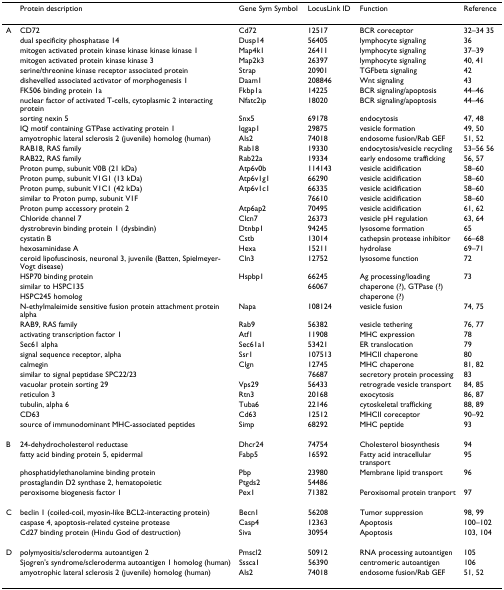
<table><thead><tr><td></td><td><b>Protein description</b></td><td><b>Gene Sym Symbol</b></td><td><b>LocusLink ID</b></td><td><b>Function</b></td><td><b>Reference</b></td></tr></thead><tbody><tr><td>A</td><td>CD72</td><td>Cd72</td><td>12517</td><td>BCR coreceptor</td><td>32–34 35</td></tr><tr><td></td><td>dual specificity phosphatase 14</td><td>Dusp14</td><td>56405</td><td>lymphocyte signaling</td><td>36</td></tr><tr><td></td><td>mitogen activated protein kinase kinase kinase kinase 1</td><td>Map4k1</td><td>26411</td><td>lymphocyte signaling</td><td>37–39</td></tr><tr><td></td><td>mitogen activated protein kinase kinase 3</td><td>Map2k3</td><td>26397</td><td>lymphocyte signaling</td><td>40, 41</td></tr><tr><td></td><td>serine/threonine kinase receptor associated protein</td><td>Strap</td><td>20901</td><td>TGFbeta signaling</td><td>42</td></tr><tr><td></td><td>dishevelled associated activator of morphogenesis 1</td><td>Daam1</td><td>208846</td><td>Wnt signaling</td><td>43</td></tr><tr><td></td><td>FK506 binding protein 1a</td><td>Fkbp1a</td><td>14225</td><td>BCR signaling/apoptosis</td><td>44–46</td></tr><tr><td></td><td>nuclear factor of activated T-cells, cytoplasmic 2 interacting protein</td><td>Nfatc2ip</td><td>18020</td><td>BCR signaling/apoptosis</td><td>44–46</td></tr><tr><td></td><td>sorting nexin 5</td><td>Snx5</td><td>69178</td><td>endocytosis</td><td>47, 48</td></tr><tr><td></td><td>IQ motif containing GTPase activating protein 1</td><td>Iqgap1</td><td>29875</td><td>vesicle formation</td><td>49, 50</td></tr><tr><td></td><td>amyotrophic lateral sclerosis 2 (juvenile) homolog (human)</td><td>Als2</td><td>74018</td><td>endosome fusion/Rab GEF</td><td>51, 52</td></tr><tr><td></td><td>RAB18, RAS family</td><td>Rab18</td><td>19330</td><td>endocytosis/vesicle recycling</td><td>53–56 56</td></tr><tr><td></td><td>RAB22, RAS family</td><td>Rab22a</td><td>19334</td><td>early endosome trafficking</td><td>56, 57</td></tr><tr><td></td><td>Proton pump, subunit V0B (21 kDa)</td><td>Atp6v0b</td><td>114143</td><td>vesicle acidification</td><td>58–60</td></tr><tr><td></td><td>Proton pump, subunit V1G1 (13 kDa)</td><td>Atp6v1g1</td><td>66290</td><td>vesicle acidification</td><td>58–60</td></tr><tr><td></td><td>Proton pump, subunit V1C1 (42 kDa)</td><td>Atp6v1c1</td><td>66335</td><td>vesicle acidification</td><td>58–60</td></tr><tr><td></td><td>similar to Proton pump, subunit V1F</td><td></td><td>76610</td><td>vesicle acidification</td><td>58–60</td></tr><tr><td></td><td>Proton pump accessory protein 2</td><td>Atp6ap2</td><td>70495</td><td>vesicle acidification</td><td>61, 62</td></tr><tr><td></td><td>Chloride channel 7</td><td>Clcn7</td><td>26373</td><td>vesicle pH regulation</td><td>63, 64</td></tr><tr><td></td><td>dystrobrevin binding protein 1 (dysbindin)</td><td>Dtnbp1</td><td>94245</td><td>lysosome formation</td><td>65</td></tr><tr><td></td><td>cystatin B</td><td>Cstb</td><td>13014</td><td>cathepsin protease inhibitor</td><td>66–68</td></tr><tr><td></td><td>hexosaminidase A</td><td>Hexa</td><td>15211</td><td>hydrolase</td><td>69–71</td></tr><tr><td></td><td>ceroid lipofuscinosis, neuronal 3, juvenile (Batten, Spielmeyer-Vogt disease)</td><td>Cln3</td><td>12752</td><td>lysosome function</td><td>72</td></tr><tr><td></td><td>HSP70 binding protein</td><td>Hspbp1</td><td>66245</td><td>Ag processing/loading</td><td>73</td></tr><tr><td></td><td>similar to HSPC135</td><td></td><td>66067</td><td>chaperone (?), GTPase (?)</td><td></td></tr><tr><td></td><td>HSPC245 homolog</td><td></td><td></td><td>chaperone (?)</td><td></td></tr><tr><td></td><td>N-ethylmaleimide sensitive fusion protein attachment protein alpha</td><td>Napa</td><td>108124</td><td>vesicle fusion</td><td>74, 75</td></tr><tr><td></td><td>RAB9, RAS family</td><td>Rab9</td><td>56382</td><td>vesicle tethering</td><td>76, 77</td></tr><tr><td></td><td>activating transcription factor 1</td><td>Atf1</td><td>11908</td><td>MHC expression</td><td>78</td></tr><tr><td></td><td>Sec61 alpha</td><td>Sec61a1</td><td>53421</td><td>ER translocation</td><td>79</td></tr><tr><td></td><td>signal sequence receptor, alpha</td><td>Ssr1</td><td>107513</td><td>MHCII chaperone</td><td>80</td></tr><tr><td></td><td>calmegin</td><td>Clgn</td><td>12745</td><td>MHC chaperone</td><td>81, 82</td></tr><tr><td></td><td>similar to signal peptidase SPC22/23</td><td></td><td>76687</td><td>secretory protein processing</td><td>83</td></tr><tr><td></td><td>vacuolar protein sorting 29</td><td>Vps29</td><td>56433</td><td>retrograde vesicle transport</td><td>84, 85</td></tr><tr><td></td><td>reticulon 3</td><td>Rtn3</td><td>20168</td><td>exocytosis</td><td>86, 87</td></tr><tr><td></td><td>tubulin, alpha 6</td><td>Tuba6</td><td>22146</td><td>cytoskeletal trafficking</td><td>88, 89</td></tr><tr><td></td><td>CD63</td><td>Cd63</td><td>12512</td><td>MHCII coreceptor</td><td>90–92</td></tr><tr><td></td><td>source of immunodominant MHC-associated peptides</td><td>Simp</td><td>68292</td><td>MHC peptide</td><td>93</td></tr><tr><td>B</td><td>24-dehydrocholesterol reductase</td><td>Dhcr24</td><td>74754</td><td>Cholesterol biosynthesis</td><td>94</td></tr><tr><td></td><td>fatty acid binding protein 5, epidermal</td><td>Fabp5</td><td>16592</td><td>Fatty acid intracellular transport</td><td>95</td></tr><tr><td></td><td>phosphatidylethanolamine binding protein</td><td>Pbp</td><td>23980</td><td>Membrane lipid transport</td><td>96</td></tr><tr><td></td><td>prostaglandin D2 synthase 2, hematopoietic</td><td>Ptgds2</td><td>54486</td><td></td><td></td></tr><tr><td></td><td>peroxisome biogenesis factor 1</td><td>Pex1</td><td>71382</td><td>Peroxisomal protein tranport</td><td>97</td></tr><tr><td>C</td><td>beclin 1 (coiled-coil, myosin-like BCL2-interacting protein)</td><td>Becn1</td><td>56208</td><td>Tumor suppression</td><td>98, 99</td></tr><tr><td></td><td>caspase 4, apoptosis-related cysteine protease</td><td>Casp4</td><td>12363</td><td>Apoptosis</td><td>100–102</td></tr><tr><td></td><td>Cd27 binding protein (Hindu God of destruction)</td><td>Siva</td><td>30954</td><td>Apoptosis</td><td>103, 104</td></tr><tr><td>D</td><td>polymyositis/scleroderma autoantigen 2</td><td>Pmscl2</td><td>50912</td><td>RNA processing autoantigen</td><td>105</td></tr><tr><td></td><td>Sjogren&#x27;s syndrome/scleroderma autoantigen 1 homolog (human)</td><td>Sssca1</td><td>56390</td><td>centromeric autoantigen</td><td>106</td></tr><tr><td></td><td>amyotrophic lateral sclerosis 2 (juvenile) homolog (human)</td><td>Als2</td><td>74018</td><td>endosome fusion/Rab GEF</td><td>51, 52</td></tr></tbody></table>